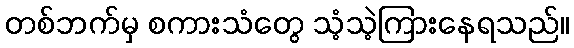
တစ်ဘက်မှ စကားသံတွေ သံ့သဲ့ကြားနေရသည်။